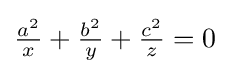
{\tfrac {a^{2}}{x}}+{\tfrac {b^{2}}{y}}+{\tfrac {c^{2}}{z}}=0